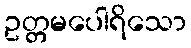
ဥတ္တမပေါရိသော